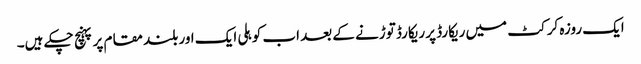
ایک روزہ کرکٹ میں ریکارڈ پر ریکارڈ توڑنے کے بعد اب کوہلی ایک اور بلند مقام پر پہنچ چکے ہیں۔